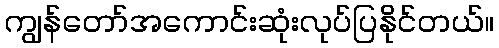
ကျွန်တော်အကောင်းဆုံးလုပ်ပြနိုင်တယ်။